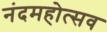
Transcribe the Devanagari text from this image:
नंदमहोत्सव